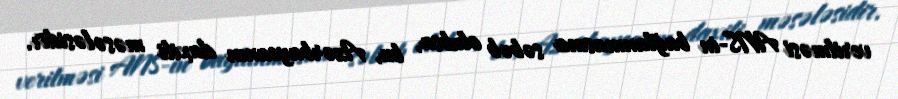
verilməsi ANS-in bağlanmasına səbəb olubsa, bu, Azərbaycanın daxili məsələsidir.